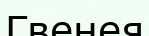
Гвенея